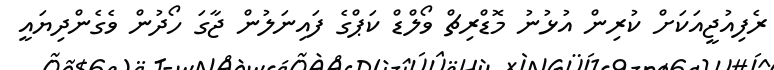
ރެފިއުޖީއަކަށް ކުރިން އުޅުނު މޮޑްރިޗް ވޯލްޑް ކަޕްގެ ފައިނަލުން ޖާގަ ހޯދުން ވެގެންދިޔައީ